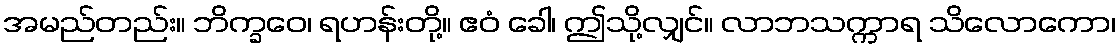
အမည်တည်း။ ဘိက္ခဝေ၊ ရဟန်းတို့။ ဧဝံ ခေါ၊ ဤသို့လျှင်။ လာဘသက္ကာရ သိလောကော၊